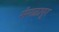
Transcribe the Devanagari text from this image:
मंगळापूर